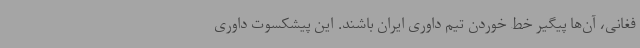
فغانی، آن‌ها پیگیر خط خوردن تیم داوری ایران باشند. این پیشکسوت داوری